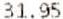
31.95